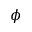
\phi